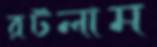
রটলাম